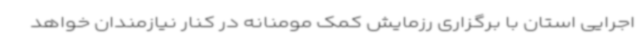
اجرایی استان با برگزاری رزمایش کمک مومنانه در کنار نیازمندان خواهد